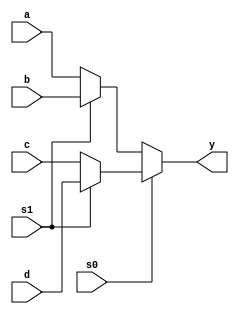
`timescale 1ns / 1ps
//////////////////////////////////////////////////////////////////////////////////
// Company: 
// Engineer: 
// 
// Design Name: 
// Module Name:    multiplexer 
// Project Name: 
// Target Devices: 
// Tool versions: 
// Description: 
//
// Dependencies: 
//
// Revision: 
// Revision 0.01 - File Created
// Additional Comments: 
//
//////////////////////////////////////////////////////////////////////////////////
module multiplexer(a,b,c,d,s1,s0,y);
     parameter w=1;
    input [w:0]a,b,c,d;
    input s0,s1;
    output reg [w:0] y;
    always @*
    begin 
        if(s0==0)
		  begin
		   if(s1==0)
			y = a;
			else
			y = b;
		  end
		  else
		  begin
		   if(s1==0)
			y = c;
			else
			y = d;
		  end
			
    end
     
    
    
endmodule